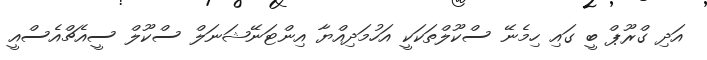
އަދި ގްރޫޕް ބީ ގައި ހިމެނޭ ސްކޫލްތަކަކީ އަހުމަދިއްޔާ އިންޓަނޭޝަނަލް ސްކޫލް ސީއެޗްއެސްއީ